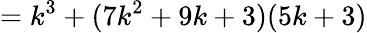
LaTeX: =k^{3}+(7k^{2}+9k+3)(5k+3)